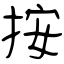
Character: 按